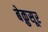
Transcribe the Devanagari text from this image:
बेक़ुसूर